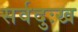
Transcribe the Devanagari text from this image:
सर्वदुःख